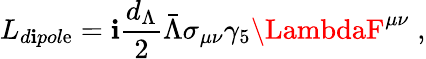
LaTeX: L_{d\mathbf{i}pol\mathrm{e}}=\mathbf{i}{\frac{{d_{\Lambda}}}{{2}}}\bar{{\Lambda}}\sigma_{\mu\nu}\gamma_{5}\LambdaF^{\mu\nu}\; ,